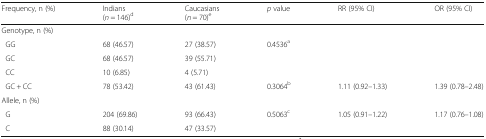
<table><thead><tr><td><b>Frequency, n (%)</b></td><td><b>Indians(<i>n</i> = 146)<sup>d</sup></b></td><td><b>Caucasians(<i>n</i> = 70)<sup>e</sup></b></td><td><b><i>p</i> value</b></td><td><b>RR (95% CI)</b></td><td><b>OR (95% CI)</b></td></tr></thead><tbody><tr><td colspan="6">Genotype, n (%)</td></tr><tr><td> GG</td><td>68 (46.57)</td><td>27 (38.57)</td><td rowspan="3">0.4536<sup>a</sup></td><td rowspan="3" colspan="2"></td></tr><tr><td> GC</td><td>68 (46.57)</td><td>39 (55.71)</td></tr><tr><td> CC</td><td>10 (6.85)</td><td>4 (5.71)</td></tr><tr><td> GC + CC</td><td>78 (53.42)</td><td>43 (61.43)</td><td>0.3064<sup>b</sup></td><td>1.11 (0.92–1.33)</td><td>1.39 (0.78–2.48)</td></tr><tr><td colspan="6">Allele, n (%)</td></tr><tr><td> G</td><td>204 (69.86)</td><td>93 (66.43)</td><td rowspan="2">0.5063<sup>c</sup></td><td rowspan="2">1.05 (0.91–1.22)</td><td rowspan="2">1.17 (0.76–1.08)</td></tr><tr><td> C</td><td>88 (30.14)</td><td>47 (33.57)</td></tr></tbody></table>